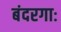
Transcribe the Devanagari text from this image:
बंदरगाः